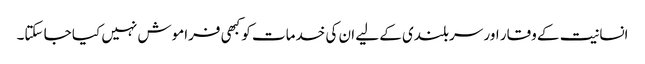
انسانیت کے وقار اور سربلندی کے لیے ان کی خدمات کو کبھی فراموش نہیں کیا جا سکتا۔